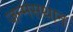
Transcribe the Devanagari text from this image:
जन्मसथान